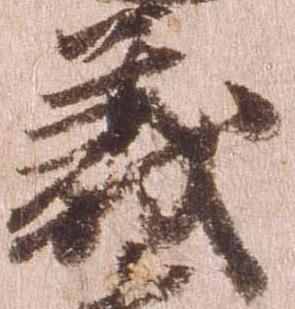
義